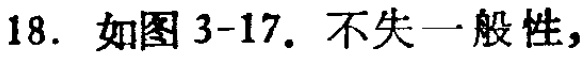
18. 如图3-17. 不失一般性，